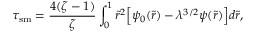
\tau _ { \mathrm { s m } } = \frac { 4 ( \zeta - 1 ) } { \zeta } \int _ { 0 } ^ { 1 } \tilde { r } ^ { 2 } \Big [ \psi _ { 0 } ( \tilde { r } ) - \lambda ^ { 3 / 2 } \psi ( \tilde { r } ) \Big ] d \tilde { r } ,